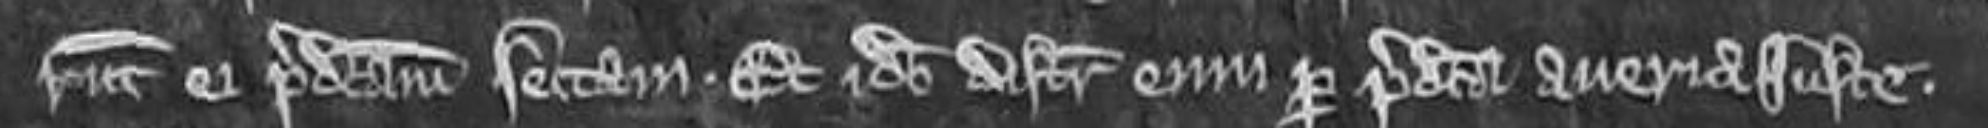
runt ei predictam sectam. Et ideo distrinxit eum per predicta averia juste.